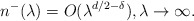
\begin{align*} n^-(\lambda)= O(\lambda^{d/2-\delta}), \lambda\to\infty. \end{align*}